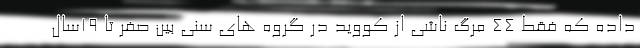
داده که فقط ۴۴ مرگ ناشی از کووید در گروه های سنی بین صفر تا ۱۹سال